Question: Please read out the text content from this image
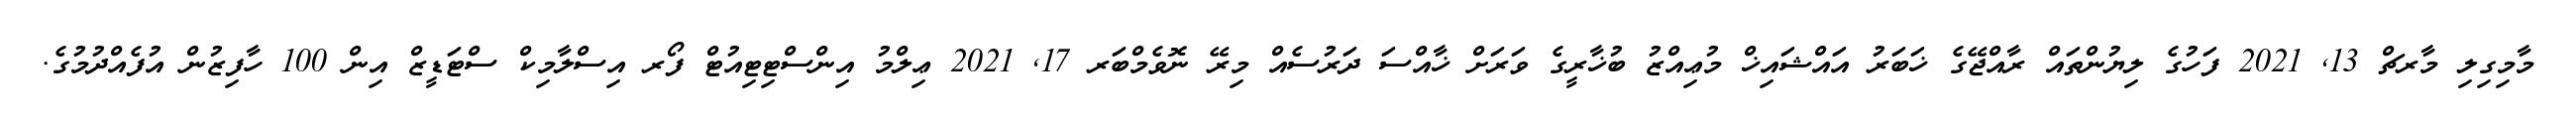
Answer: މާމިގިލި މާރޗް 13, 2021 ފަހުގެ ލިޔުންތައް ރާއްޖޭގެ ޚަބަރު އައްޝައިޚް މުޢިއްޒު ބުޚާރީގެ ވަރަށް ޚާއްސަ ދަރުސެއް މިރޭ ނޮވެމްބަރ 17, 2021 ޢިލްމު އިންސްޓިޓިއުޓް ފޯރ އިސްލާމިކް ސްޓަޑީޒް އިން 100 ހާފިޒުން އުފެއްދުމުގެ.